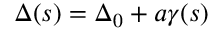
\Delta ( s ) = \Delta _ { 0 } + a \gamma ( s )